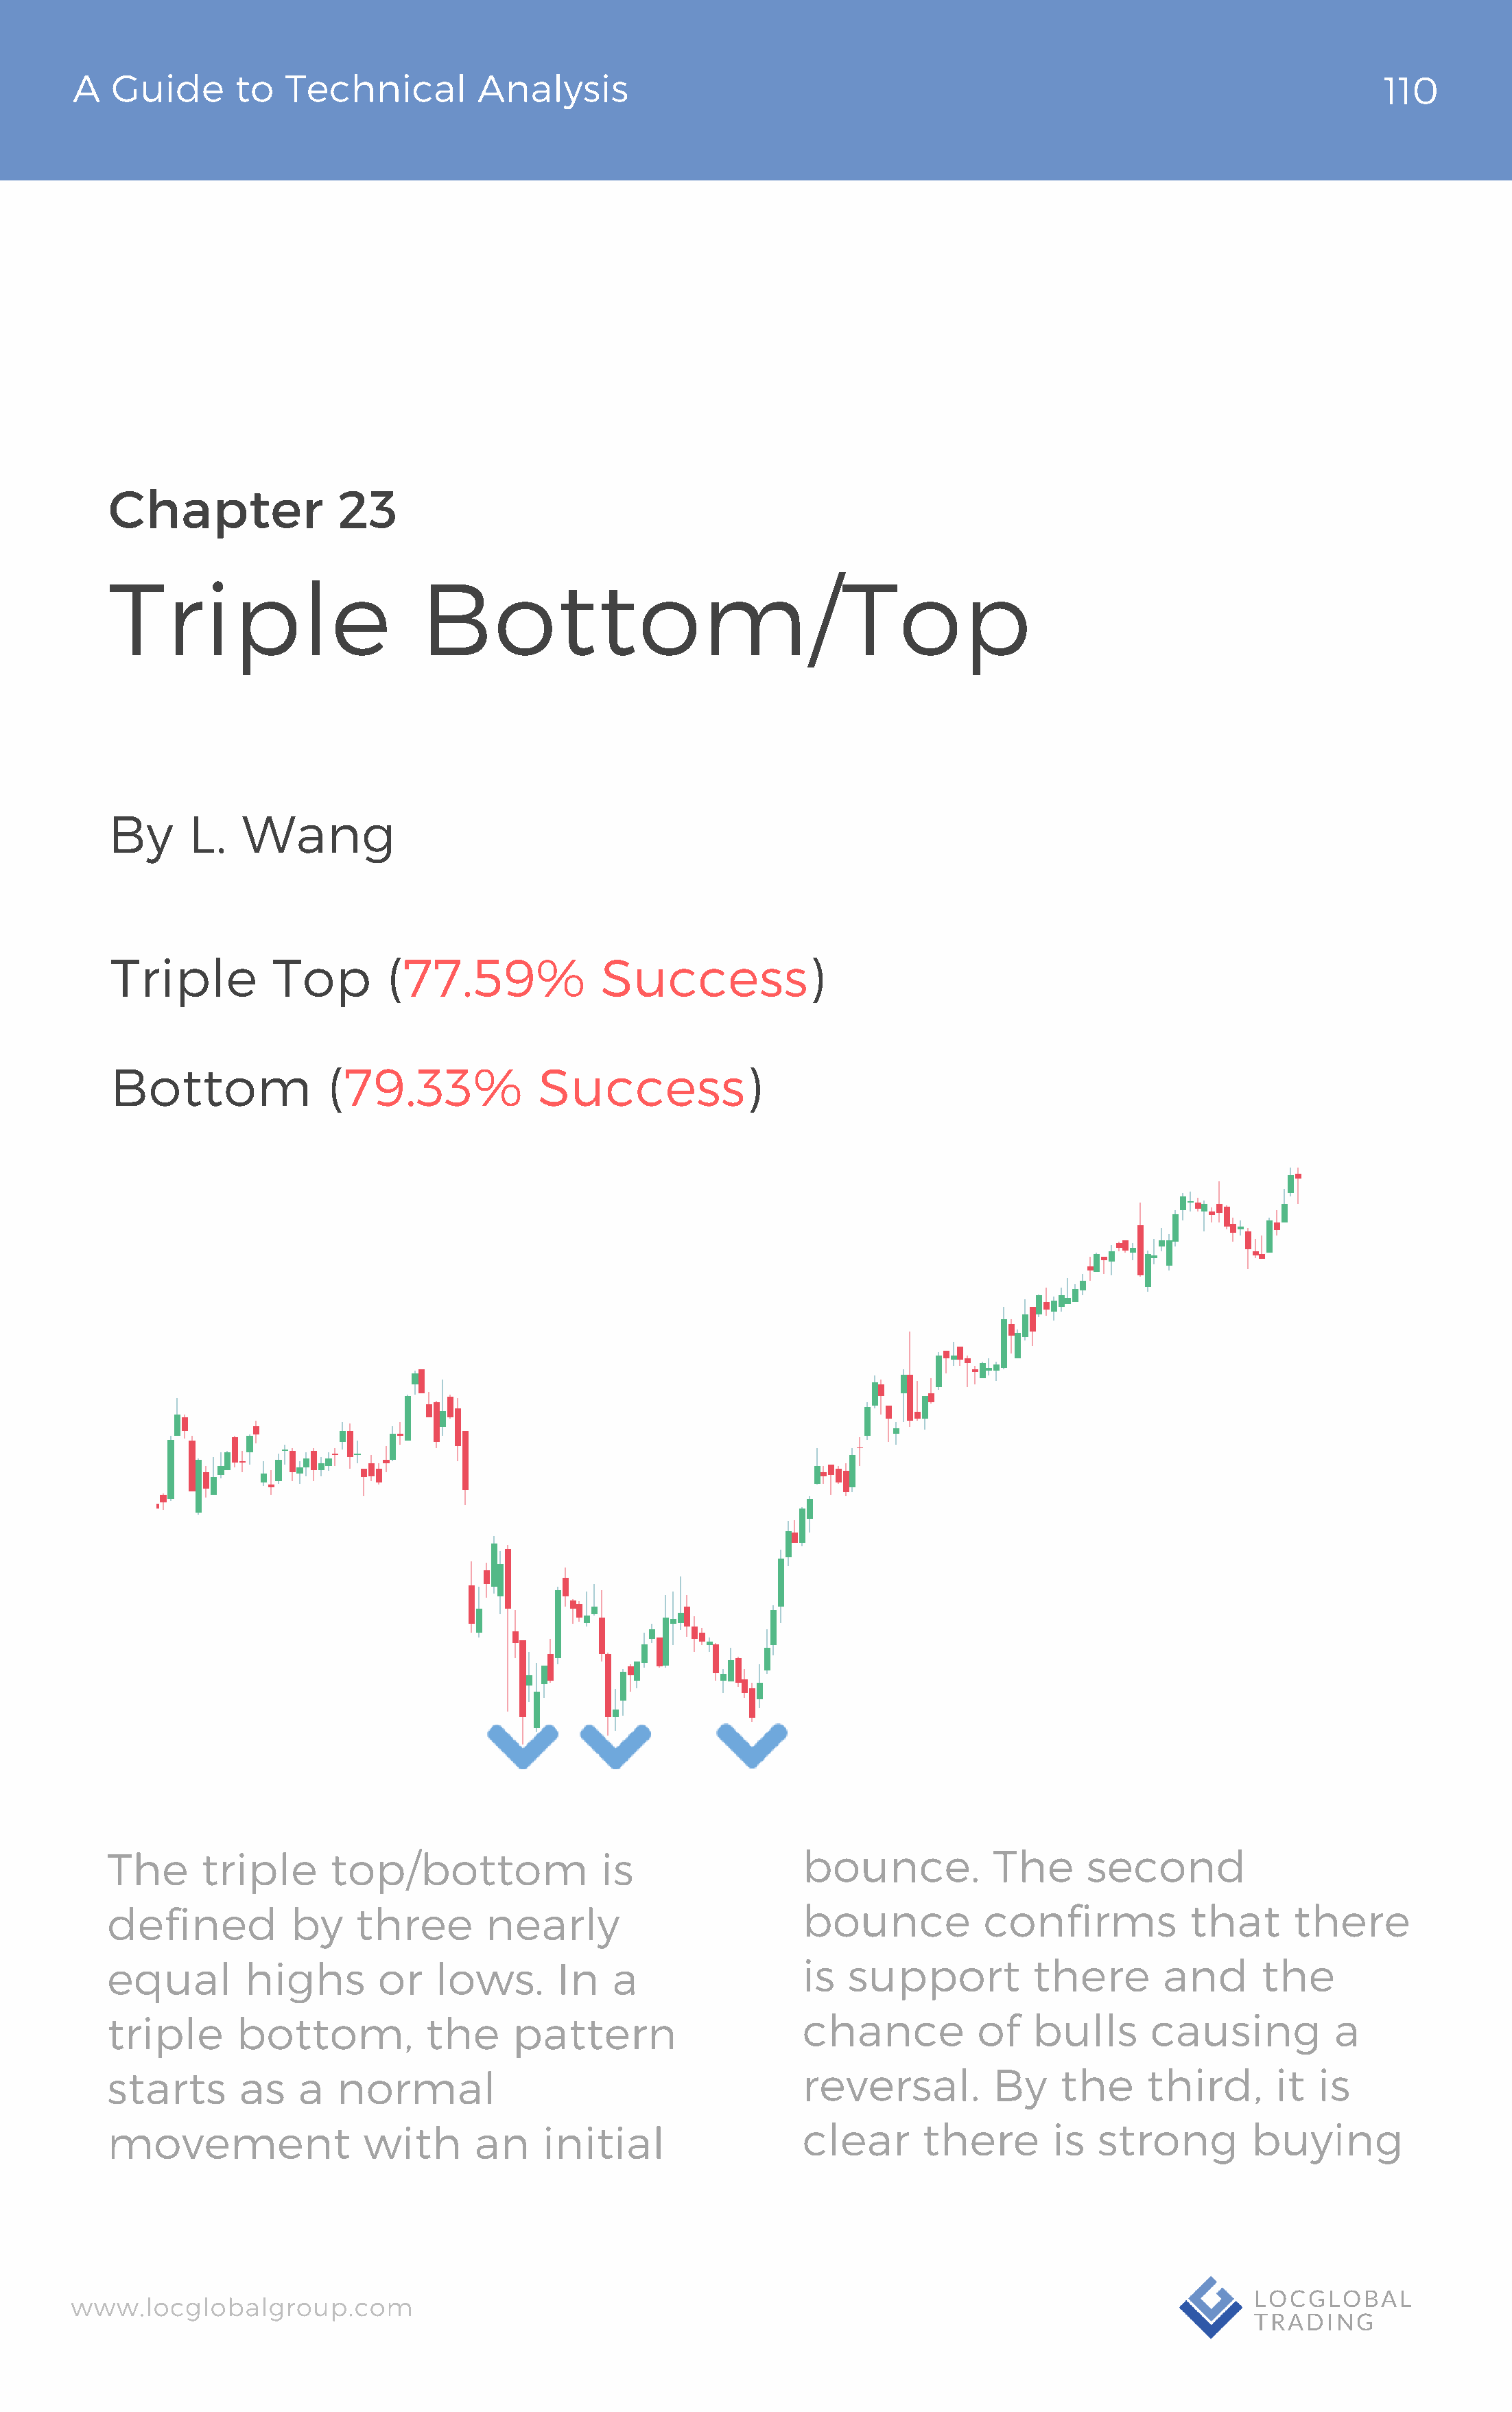
A   Guide       to  Technical          Analysis                                                                               110
 Chapter                23
 Triple                         Bottom/Top
 By      L.   Wang
 Triple         Top        (77.59%              Success)
 Bottom               (79.33%             Success)
 The      triple       top/bottom                is                 bounce.            The      second
 defined           by    three        nearly                        bounce            confirms            that      there
 equal         highs       or    lows.       In   a                 is   support           there       and       the
 triple       bottom,           the     pattern                     chance           of    bulls      causing           a
 starts       as    a  normal                                       reversal.          By    the      third,      it  is
 movement                 with       an    initial                  clear       there        is  strong         buying
 www.locglobalgroup.com                                                                                            LOCGLOBAL
 TRADING